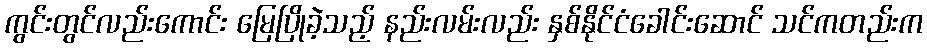
ကွင်းတွင်လည်းကောင်း မြေပြိုခဲ့သည့် နည်းလမ်းလည်း နှစ်နိုင်ငံခေါင်းဆောင် သင်ကတည်းက